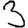
Digit: 3